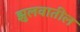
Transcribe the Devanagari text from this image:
झुलवातील